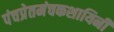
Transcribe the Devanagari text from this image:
पंचप्रेतमंचकशायिनी